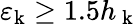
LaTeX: \varepsilon_{\mathrm{k}}\geq 1.5h_{\mathrm{~k~}}